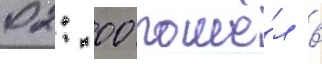
02: 00 пошё́л в